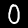
Digit: 0